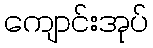
ကျောင်းအုပ်